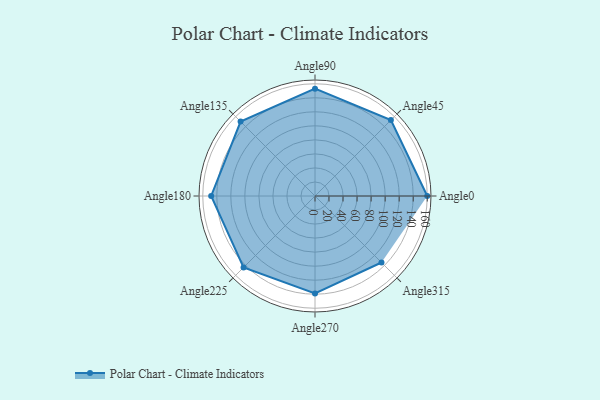
{"axis": {"x": "Angle", "y": "Radius"}, "legend": [""], "data": [{"x": "Angle0", "y": 160.0, "type": ""}, {"x": "Angle45", "y": 153.0, "type": ""}, {"x": "Angle90", "y": 153.0, "type": ""}, {"x": "Angle135", "y": 150.0, "type": ""}, {"x": "Angle180", "y": 148.0, "type": ""}, {"x": "Angle225", "y": 144.0, "type": ""}, {"x": "Angle270", "y": 139.0, "type": ""}, {"x": "Angle315", "y": 134.0, "type": ""}]}